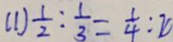
( 1 ) \frac { 1 } { 2 } : \frac { 1 } { 3 } = \frac { 1 } { 4 } : 2 0